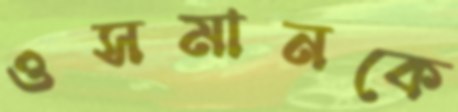
ওসমানকে